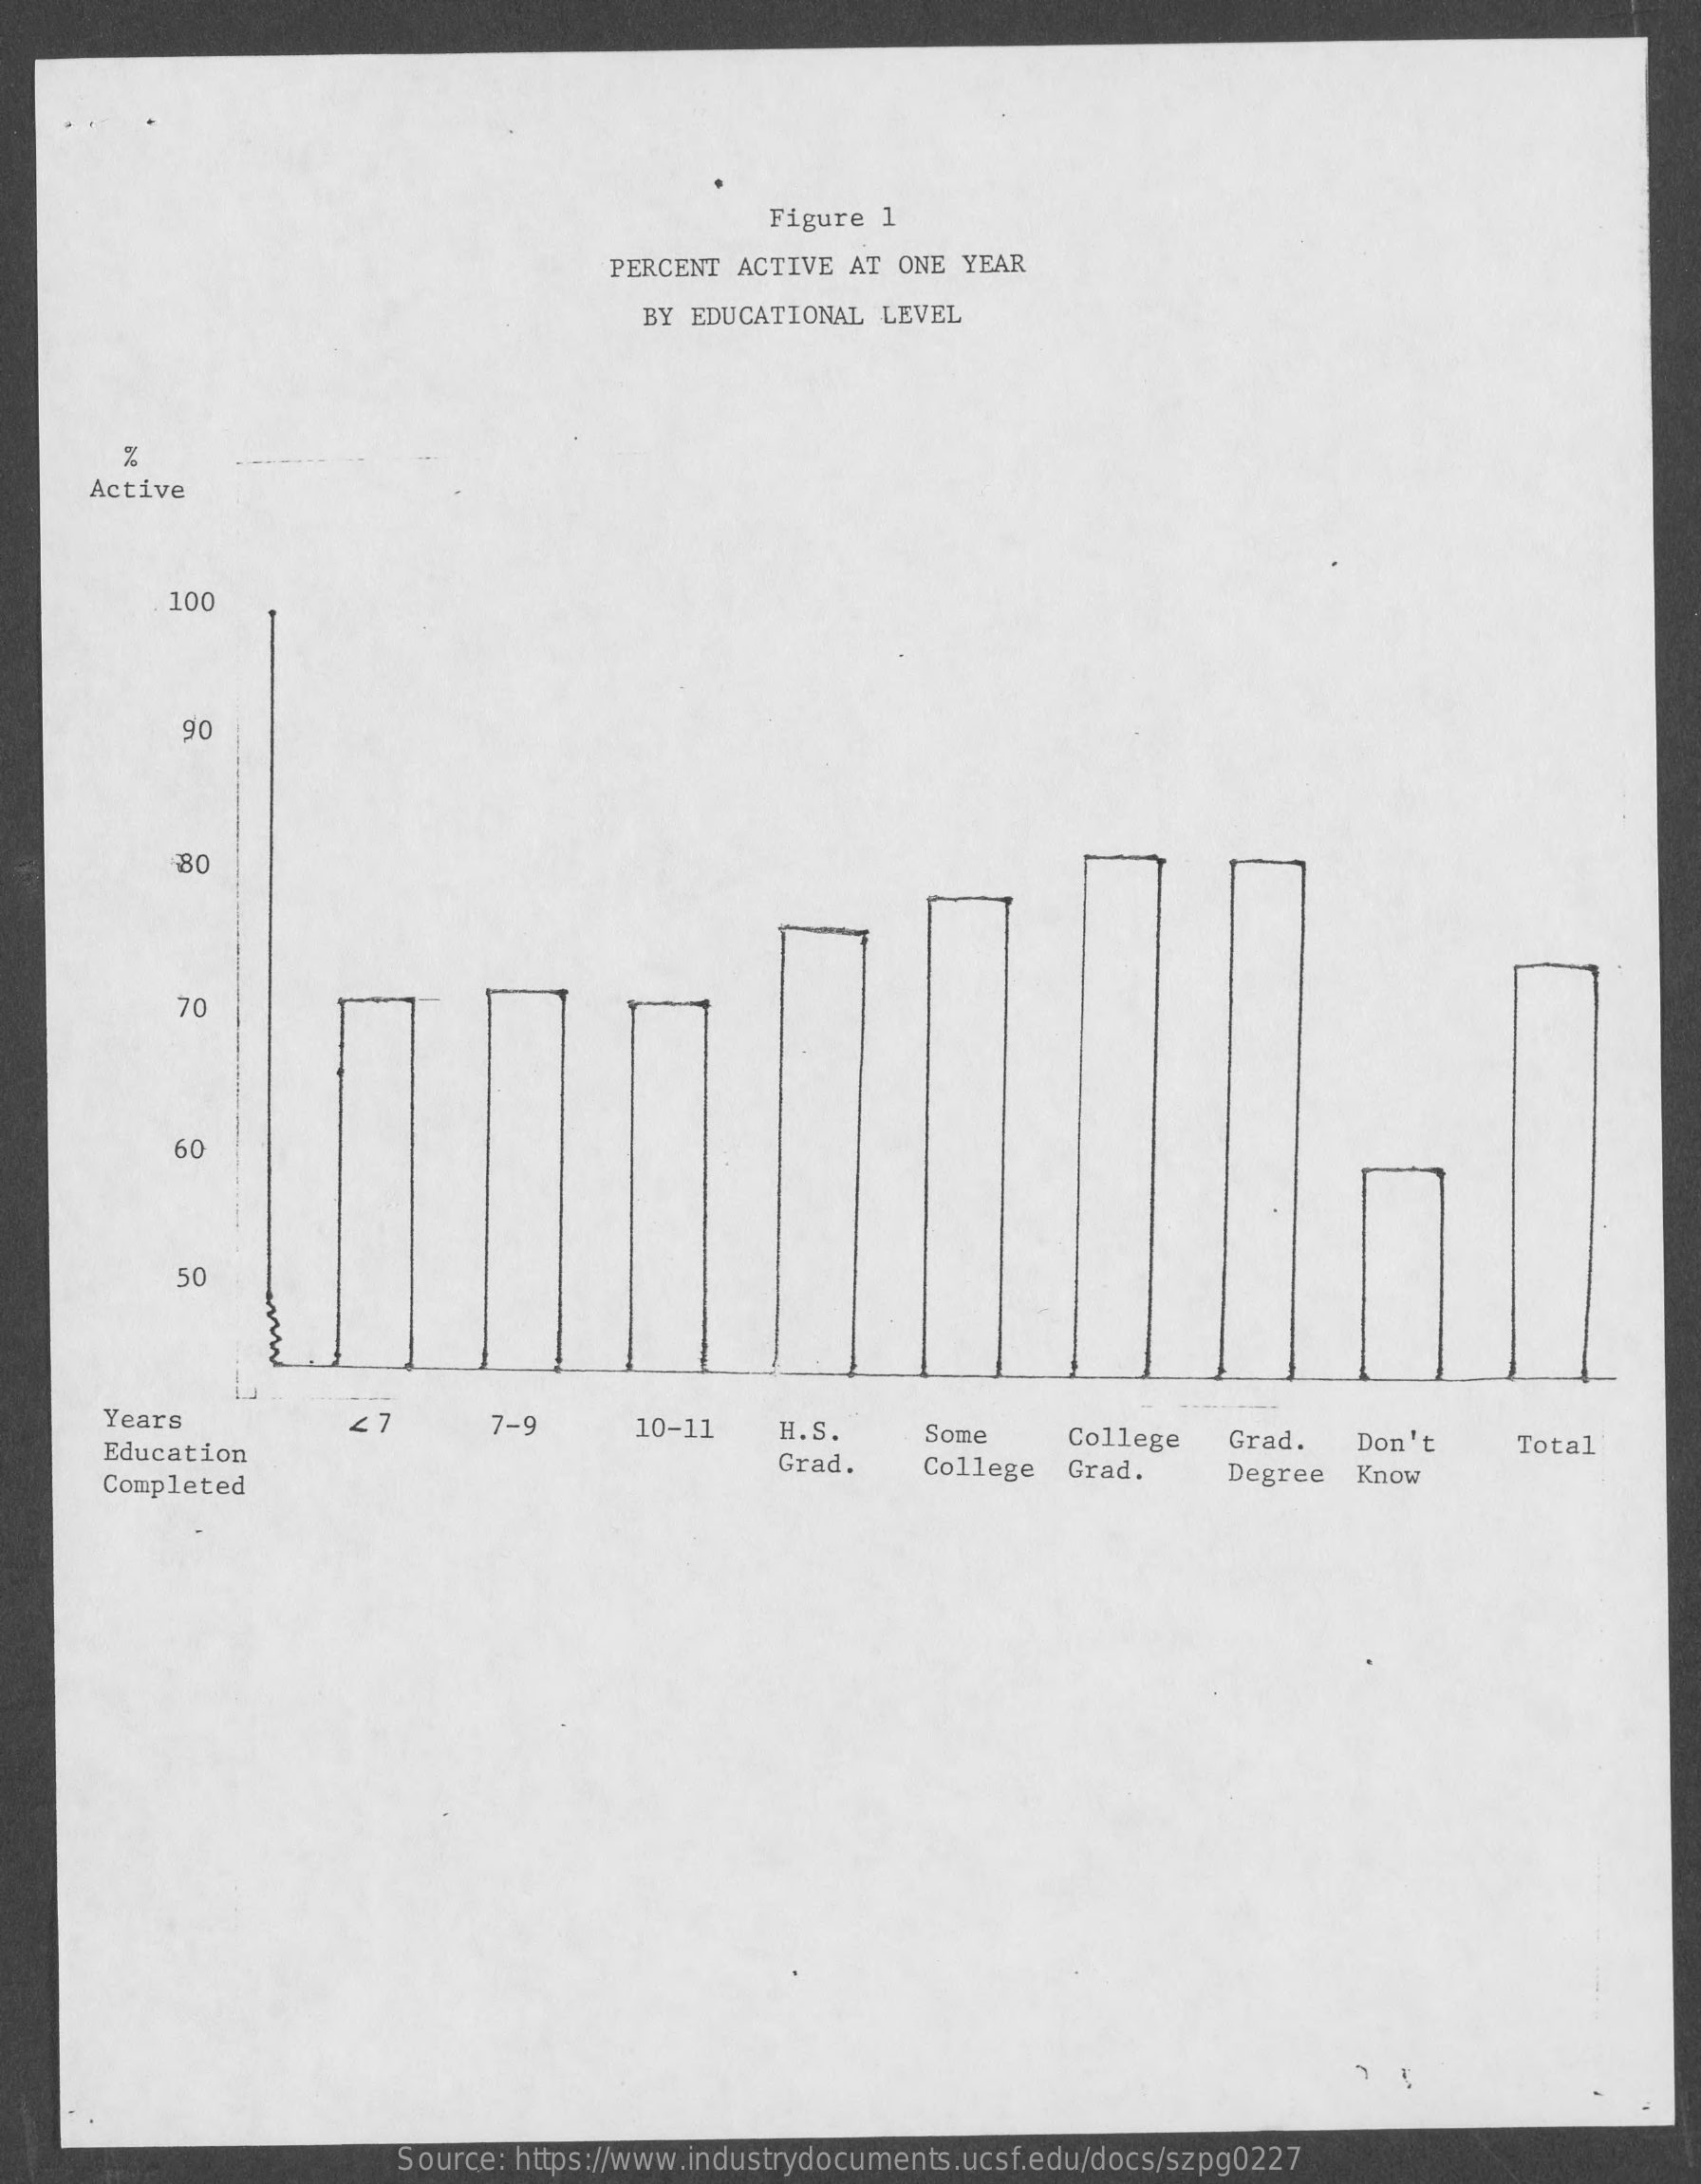
Figure 1
     PERCENT ACTIVE  AT ONE YEAR
     BY EDUCATIONAL  LEVEL
     %
     Active
     100
     90
     80
     70
     60
     50
     Years    27    7-9
     Education
     10-11    H.S.    Some    College
     Grad.
     Grad.    Don't
     Completed
     College   Grad.
     Total
     Degree   Know
     Source: https://www.industrydocuments.ucsf.edu/docs/szpg0227